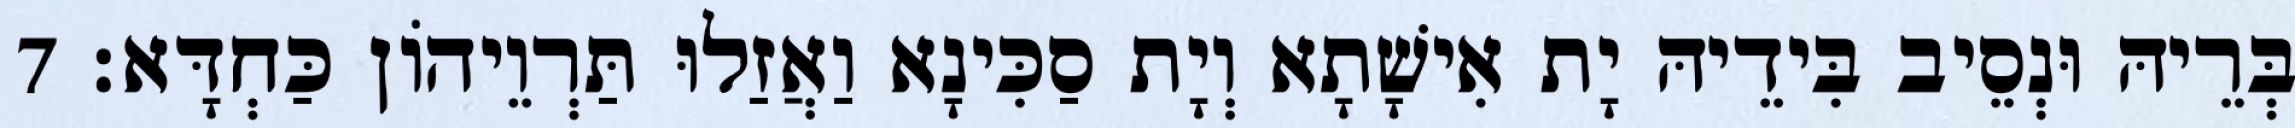
בְּרֵיהּ וּנְסֵיב בִּידֵיהּ יָת אִישָׁתָא וְיָת סַכִּינָא וַאֲזַלוּ תַּרְוֵיהוֹן כַּחְדָּא׃ 7